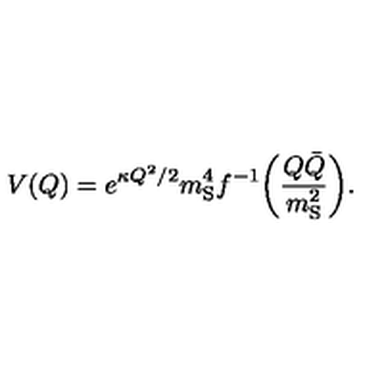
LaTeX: V ( Q ) = e ^ { \kappa Q ^ { 2 } / 2 } m _ { \mathrm { S } } ^ { 4 } f ^ { - 1 } \biggl ( \frac { Q \bar { Q } } { m _ { \mathrm { S } } ^ { 2 } } \biggr ) .